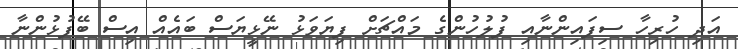
އަދި ހުރިހާ ސިފައިންނާއި ފުލުހުންގެ މައްޗަށް ފިޔަވަޅު ނޭޅީޔަސް ބައެއް އިސް ބޭފުޅުންނާ